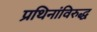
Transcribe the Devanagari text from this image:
प्रथिनांविरुद्ध